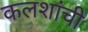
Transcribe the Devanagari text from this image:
कलशांची